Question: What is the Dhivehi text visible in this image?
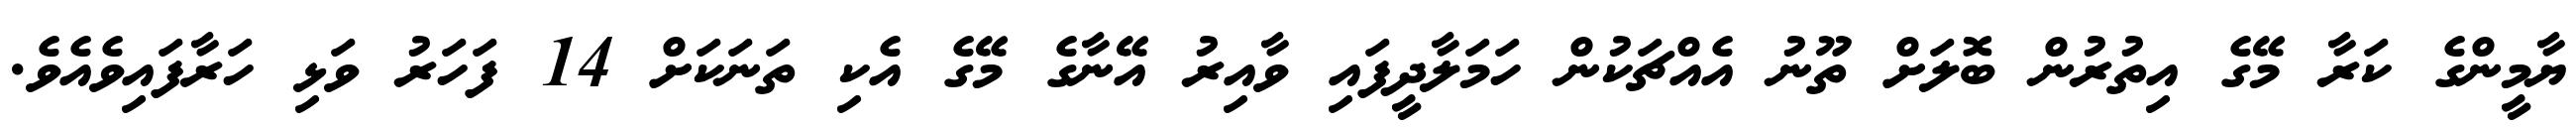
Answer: ޔާމީންގެ ކަރާ މޭގެ އިތުރުން ބޮލަށް ތޫނު އެއްޗަކުން ހަމަލާދީފައި ވާއިރު އޭނާގެ މޭގެ އެކި ތަނަކަށް 14 ފަހަރު ވަޅި ހަރާފައިވެއެވެ.